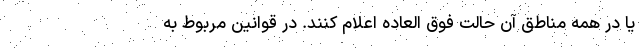
یا در همه مناطق آن حالت فوق العاده اعلام کنند. در قوانین مربوط به